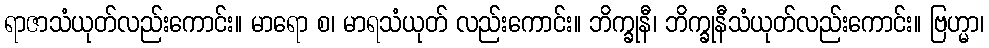
ရာဇာသံယုတ်လည်းကောင်း။ မာရော စ၊ မာရသံယုတ် လည်းကောင်း။ ဘိက္ခုနီ၊ ဘိက္ခုနီသံယုတ်လည်းကောင်း။ ဗြဟ္မာ၊